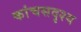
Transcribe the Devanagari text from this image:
कांचसदृश्य